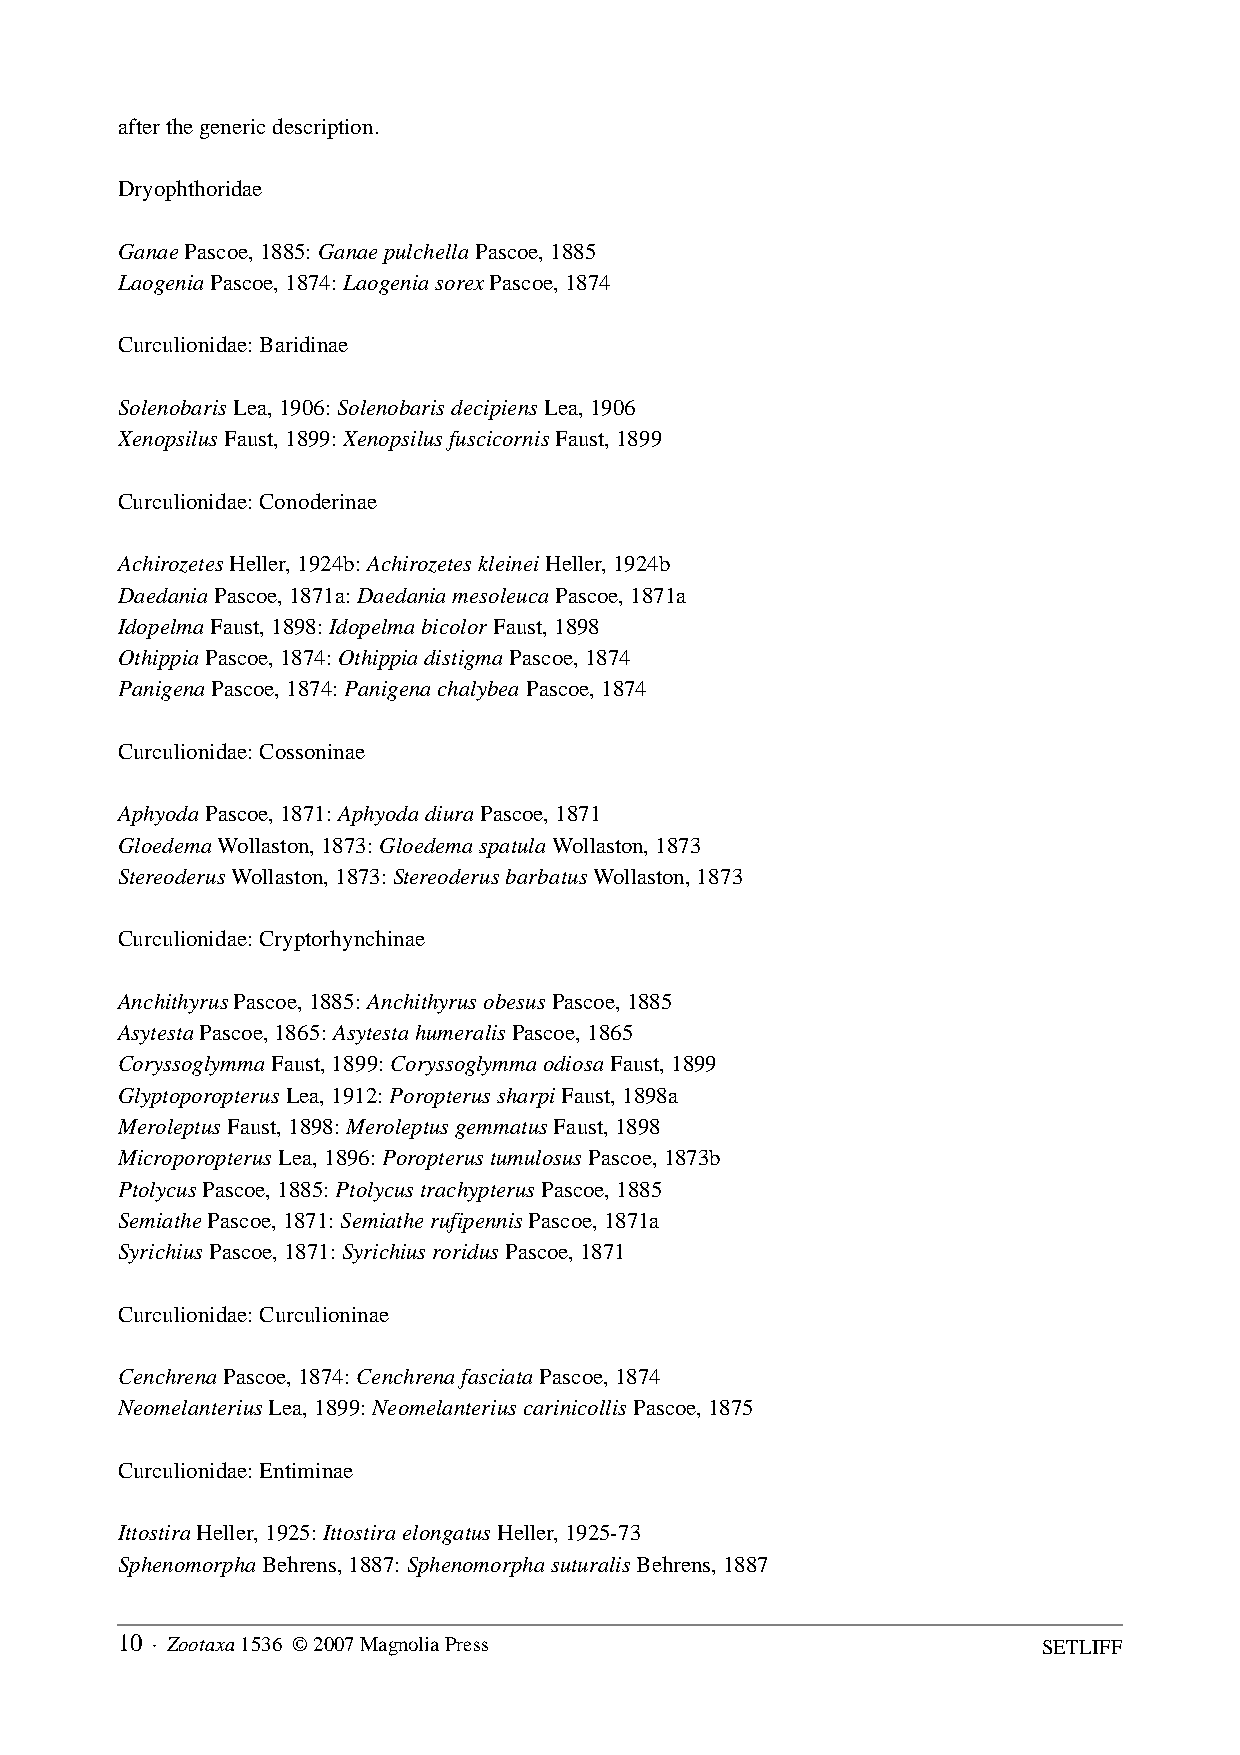
after the generic description.
 Dryophthoridae
 Ganae Pascoe, 1885: Ganae pulchella Pascoe, 1885
 Laogenia Pascoe, 1874: Laogenia sorex Pascoe, 1874
 Curculionidae: Baridinae
 Solenobaris Lea, 1906: Solenobaris decipiens Lea, 1906
 Xenopsilus Faust, 1899: Xenopsilus fuscicornis Faust, 1899
 Curculionidae: Conoderinae
 Achirozetes Heller, 1924b: Achirozetes kleinei Heller, 1924b
 Daedania Pascoe, 1871a: Daedania mesoleuca Pascoe, 1871a
 Idopelma Faust, 1898: Idopelma bicolor Faust, 1898
 Othippia Pascoe, 1874: Othippia distigma Pascoe, 1874
 Panigena Pascoe, 1874: Panigena chalybea Pascoe, 1874
 Curculionidae: Cossoninae
 Aphyoda Pascoe, 1871: Aphyoda diura Pascoe, 1871
 Gloedema Wollaston, 1873: Gloedema spatula Wollaston, 1873
 Stereoderus Wollaston, 1873: Stereoderus barbatus Wollaston, 1873
 Curculionidae: Cryptorhynchinae
 Anchithyrus Pascoe, 1885: Anchithyrus obesus Pascoe, 1885
 Asytesta Pascoe, 1865: Asytesta humeralis Pascoe, 1865
 Coryssoglymma Faust, 1899: Coryssoglymma odiosa Faust, 1899
 Glyptoporopterus Lea, 1912: Poropterus sharpi Faust, 1898a
 Meroleptus Faust, 1898: Meroleptus gemmatus Faust, 1898
 Microporopterus Lea, 1896: Poropterus tumulosus Pascoe, 1873b
 Ptolycus Pascoe, 1885: Ptolycus trachypterus Pascoe, 1885
 Semiathe Pascoe, 1871: Semiathe rufipennis Pascoe, 1871a
 Syrichius Pascoe, 1871: Syrichius roridus Pascoe, 1871
 Curculionidae: Curculioninae
 Cenchrena Pascoe, 1874: Cenchrena fasciata Pascoe, 1874
 Neomelanterius Lea, 1899: Neomelanterius carinicollis Pascoe, 1875
 Curculionidae: Entiminae
 Ittostira Heller, 1925: Ittostira elongatus Heller, 1925-73
 Sphenomorpha Behrens, 1887: Sphenomorpha suturalis Behrens, 1887
 10 · Zootaxa 1536 © 2007 Magnolia Press                      SETLIFF